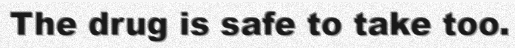
The drug is safe to take too.